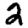
Digit: 2